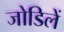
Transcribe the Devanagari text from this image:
जोडिलें